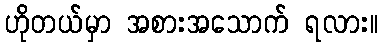
ဟိုတယ်မှာ အစားအသောက် ရလား။